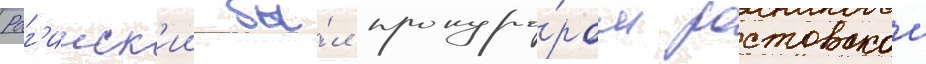
Рог'инск'ии бы́л прокуро́ром ростовскои